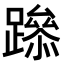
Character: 𨅶